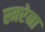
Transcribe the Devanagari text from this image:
स्मरेना